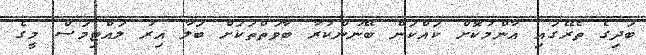
ބަދިގެ ތެރޭގައި އާންމުކޮށް ކައްކަން ބޭނުންކުރާ ބާވަތްތަކަށް ބަލާ އިރު ލައްޓިމަސް މީގެ